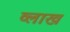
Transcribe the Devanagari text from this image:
व्लाख